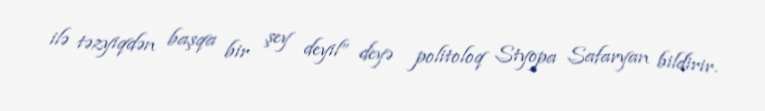
ilə təzyiqdən başqa bir şey deyil” deyə politoloq Styopa Safaryan bildirir.